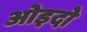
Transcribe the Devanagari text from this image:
ओइदो